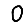
Digit: 0